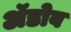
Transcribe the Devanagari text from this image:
ॲडोब